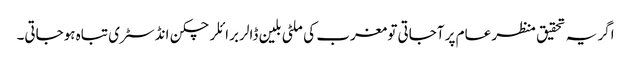
اگر یہ تحقیق منظر عام پر آجاتی تو مغرب کی ملٹی بلین ڈالر برائلر چکن انڈسٹری تباہ ہوجاتی۔